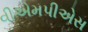
વીએમપીએસ